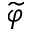
\widetilde { \varphi }